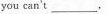
you can't___.